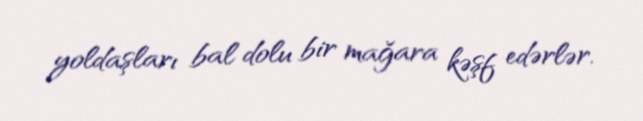
yoldaşları bal dolu bir mağara kəşf edərlər.